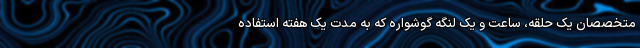
متخصصان یک حلقه، ساعت و یک لنگه گوشواره که به مدت یک هفته استفاده